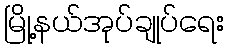
မြို့နယ်အုပ်ချုပ်ရေး